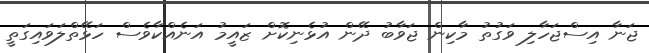
ޖަނާ އިސްޖަހާލި ވަގުތު މާކިން ޖަވާބު ދޭން އުޅެނިކޮށް ޒައީމު އަނެއްކާވެސް ހަޅޭތްލަވައިގަތީ